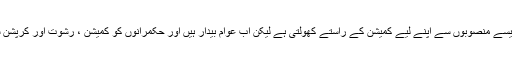
انہوں نے کہاکہ حکومت ایسے منصوبوں سے اپنے لیے کمیشن کے راستے کھولتی ہے لیکن اب عوام بیدار ہیں اور حکمرانوں کو کمیشن ، رشوت اور کرپشن سے توبہ کرنی پڑے گی ۔